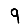
Digit: 9